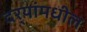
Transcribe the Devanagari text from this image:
दर्‍यांमधील